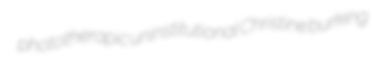
phototherapic uninstitutional Christine burking